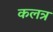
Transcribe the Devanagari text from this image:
कलत्र